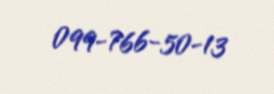
099-766-50-13